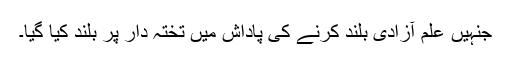
جنہیں علمِ آزادی بلند کرنے کی پاداش میں تختہ دار پر بلند کیا گیا۔